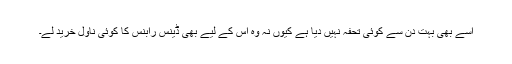
اسے بھی بہت دن سے کوئی تحفہ نہیں دیا ہے کیوں نہ وہ اس کے لیے بھی ڈینس رابنس کا کوئی ناول خرید لے۔